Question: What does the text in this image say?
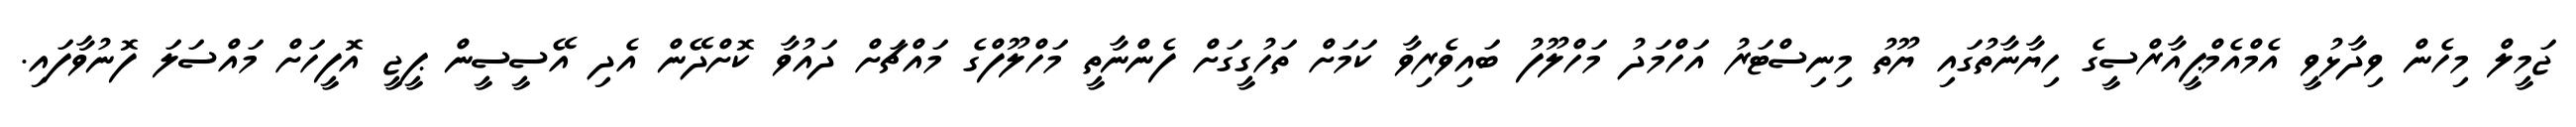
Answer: ޖަމީލް މިހެން ވިދާޅުވީ އެމްއެމްޕީއާރްސީގެ ހިޔާނާތުގައި ޔޫތު މިނިސްޓަރު އަހްމަދު މަހްލޫފު ބައިވެރިވާ ކަމަށް ތަހުގީގަށް ފެންނާތީ މަހްލޫފްގެ މައްޗަށް ދައުވާ ކޮށްދޭން އެދި އޭސީސީން ޕީޖީ އޮފީހަށް މައްސަލަ ފޮނުވާފައި.